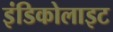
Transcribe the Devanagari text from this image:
इंडिकोलाइट